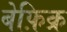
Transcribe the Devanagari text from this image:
बेफ़िक्र